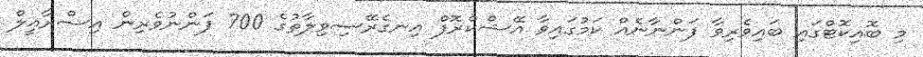
މި ބޮއިކޮޓްގައި ބައިވެރިވާ ފަންނާނެއް ކަމުގައިވާ އޭޝްކްރޮފް އިނގެރޭސިވިލާތުގެ 700 ފަންނުވެރިން އިސްރާއީލް